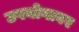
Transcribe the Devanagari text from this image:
उपयोगावर